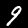
Digit: 9